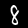
Digit: 8